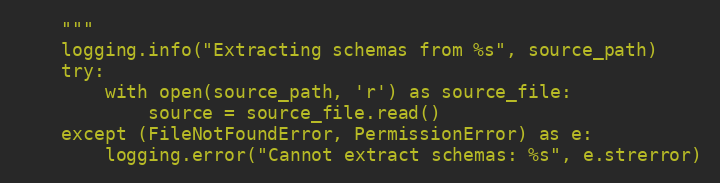
Language: Python
    """
    logging.info("Extracting schemas from %s", source_path)
    try:
        with open(source_path, 'r') as source_file:
            source = source_file.read()
    except (FileNotFoundError, PermissionError) as e:
        logging.error("Cannot extract schemas: %s", e.strerror)